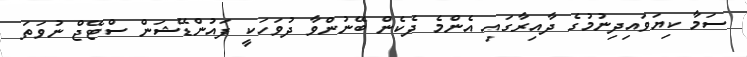
ސަމާ ކިޔަވައިދިނުމުގެ ދާއިރާގައި އެންމެ ދެކެން ބޭނުންވާ ދުވަހަކީ ފައުންޑޭޝަން ސްޓޭޖް ނުވަތަ